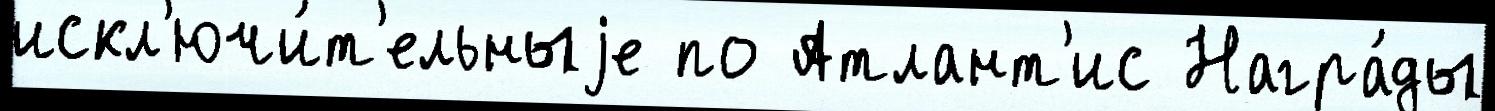
искл'ючи́т'ельныjе по Атлант'ис Награ́ды